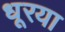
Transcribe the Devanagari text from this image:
धूरया